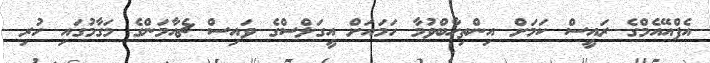
އެފްއޭއެމްގެ ރައީސް ކަމަށް އިންތިހާބްވުމާ ހަމައަށް އީގަލްސްގެ ވައިސް ޗެއާމަންގެ މަގާމުގައި ހުރި